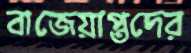
বাজেয়াপ্তদের